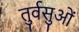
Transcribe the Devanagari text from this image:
तुर्वसुओं